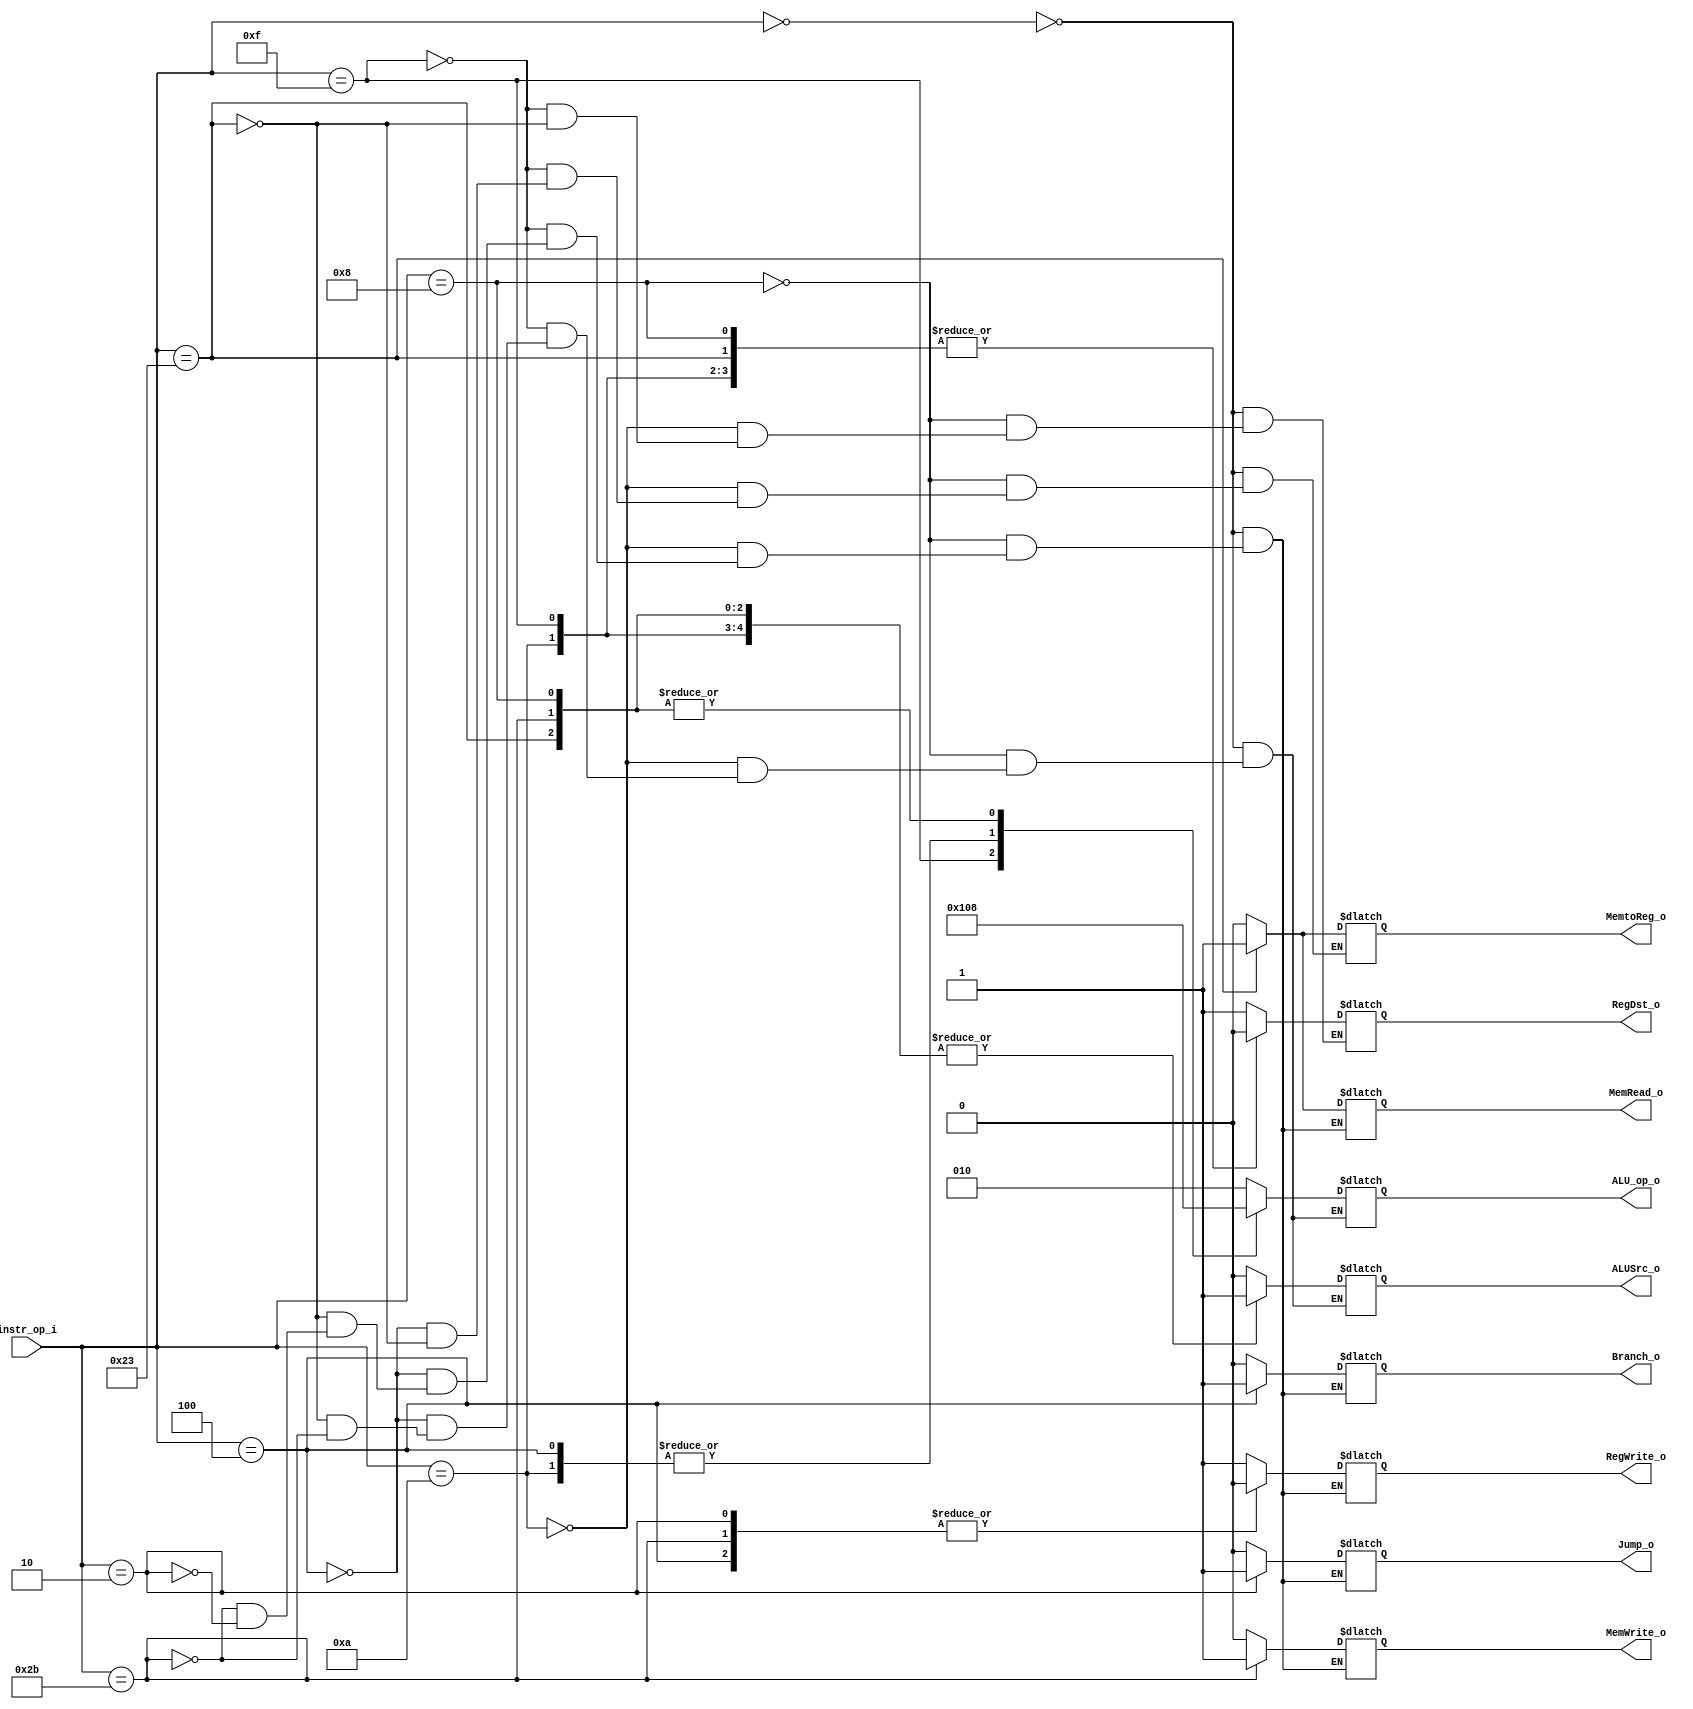
//Subject:     CO project 2 - Decoder
//--------------------------------------------------------------------------------
//Version:     1
//--------------------------------------------------------------------------------
//Writer:      Luke
//----------------------------------------------
//----------------------------------------------
//Description: 
//--------------------------------------------------------------------------------

module Decoder(
    instr_op_i,
	RegWrite_o,
	ALU_op_o,
	ALUSrc_o,
	RegDst_o,
	Branch_o,
	Jump_o,
	MemRead_o,
	MemWrite_o,
	MemtoReg_o
	);
     
//I/O ports
input  [6-1:0] instr_op_i;

output         RegWrite_o;
output [3-1:0] ALU_op_o;
output         ALUSrc_o;
output         RegDst_o;
output         Branch_o;
output		   Jump_o;
output		   MemRead_o;
output		   MemWrite_o;
output		   MemtoReg_o;
//Internal Signals
reg [3-1:0]    ALU_op_o;
reg            ALUSrc_o;
reg            RegWrite_o;
reg            RegDst_o;
reg            Branch_o;
reg			   Jump_o;
reg			   MemRead_o;
reg			   MemWrite_o;
reg 		   MemtoReg_o;

//Parameter


//Main function
always@(*)
begin
	case(instr_op_i)
		6'b000000: begin	//R-type op-field=0
			RegDst_o <= 1;
			ALUSrc_o <= 0;
			RegWrite_o <= 1;
			MemRead_o <= 0;
			MemWrite_o <= 0;
			MemtoReg_o <= 0;
			Jump_o <= 0;
			Branch_o <= 0;
			ALU_op_o <= 3'b010;
		end
		6'b001000: begin	//I-type op-field=8
			RegDst_o <= 0;
			ALUSrc_o <= 1;
			RegWrite_o <= 1;
			MemRead_o <= 0;
			MemWrite_o <= 0;
			MemtoReg_o <= 0;
			Jump_o <= 0;
			Branch_o <= 0;
			ALU_op_o <= 3'b000;
		end
		6'b001010: begin	//SLT Immediate
			RegDst_o <= 0;
			ALUSrc_o <= 1;
			RegWrite_o <= 1;
			MemRead_o <= 0;
			MemWrite_o <= 0;
			MemtoReg_o <= 0;
			Jump_o <= 0;
			Branch_o <= 0;
			ALU_op_o <= 3'b001;
		end
		6'b001111: begin	//Load Upper Immediate op_field=15
			RegDst_o <= 0;
			ALUSrc_o <= 1;
			RegWrite_o <= 1;
			MemRead_o <= 0;
			MemWrite_o <= 0;
			MemtoReg_o <= 0;
			Jump_o <= 0;
			Branch_o <= 0;
			ALU_op_o <= 3'b100;
		end
		6'b000100: begin	//beq
			RegDst_o <= RegDst_o;
			ALUSrc_o <= 0;
			RegWrite_o <= 0;
			MemRead_o <= 0;
			MemWrite_o <= 0;
			MemtoReg_o <= 0;
			Jump_o <= 0;
			Branch_o <= 1;
			ALU_op_o <= 3'b001;
		end
		6'b100011: begin		// load word
			RegDst_o <= 0;
			ALUSrc_o <= 1;
			RegWrite_o <= 1;
			MemRead_o <= 1;
			MemWrite_o <= 0;
			MemtoReg_o <= 1;
			Jump_o <= 0;
			Branch_o <= 0;
			ALU_op_o <= 3'b000;
		end
		6'b101011: begin		// save word
			RegDst_o <= RegDst_o;
			ALUSrc_o <= 1;
			RegWrite_o <= 0;
			MemRead_o <= 0;
			MemWrite_o <= 1;
			MemtoReg_o <= MemtoReg_o;
			Jump_o <= 0;
			Branch_o <= 0;
			ALU_op_o <= 3'b000;
		end
		6'b000010: begin		// Jump
			RegDst_o <= RegDst_o;
			ALUSrc_o <= ALUSrc_o;
			RegWrite_o <= 0;
			MemRead_o <= 0;
			MemWrite_o <= 0;
			MemtoReg_o <= MemtoReg_o;
			Jump_o <= 1;
			Branch_o <= 0;
			ALU_op_o <= ALU_op_o;
		end
		default: begin
			RegDst_o <= RegDst_o;
			ALUSrc_o <= ALUSrc_o;
			RegWrite_o <= RegWrite_o;
			MemRead_o <= MemRead_o;
			MemWrite_o <= MemWrite_o;
			MemtoReg_o <= MemtoReg_o;
			Jump_o <= Jump_o;
			Branch_o <= Branch_o;
			ALU_op_o <= ALU_op_o;
		end
	endcase

end

endmodule